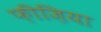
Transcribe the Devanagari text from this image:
फ़ीज़िया